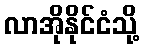
လာအိုနိုင်ငံသို့